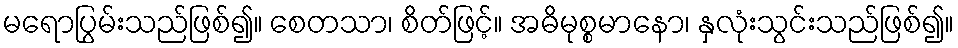
မရောပြွမ်းသည်ဖြစ်၍။ စေတသာ၊ စိတ်ဖြင့်။ အဓိမုစ္စမာနော၊ နှလုံးသွင်းသည်ဖြစ်၍။